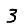
Digit: 3